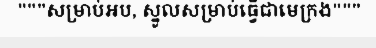
"""សម្រាប់អប, ស្នូលសម្រាប់ធ្វើជាមេក្រង"""